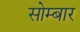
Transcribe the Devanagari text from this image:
सोम्बार